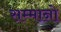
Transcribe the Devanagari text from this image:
सम्मानो